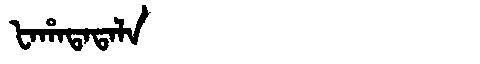
Manchu: ᡶᠠᡥᠠᡨᠠᡨᠠᠯᠠ
Romanization: FAHATATALA